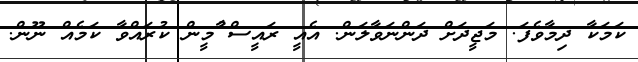
ކަމަކާ ދިމާވެފަ. މަޖީދަށް ދަންނަވާލަން. އެއީ ރައީސް ުާމީން ކުރައްވާ ކަމެއް ނޫން.